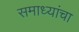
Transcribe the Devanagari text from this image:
समाध्यांचा